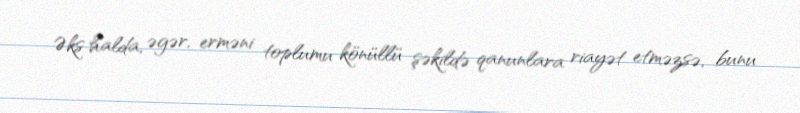
Əks halda, əgər, erməni toplumu könüllü şəkildə qanunlara riayət etməzsə, bunu